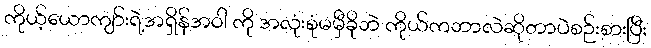
ကိုယ့်ယောကျာ်းရဲ့အရှိန်အဝါ ကို အလုံးစုံမမှီခိုဘဲ ကိုယ်ကဘာလဲဆိုတာပဲစဉ်းစားပြီး